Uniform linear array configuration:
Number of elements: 12
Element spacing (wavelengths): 0.75
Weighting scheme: hamming
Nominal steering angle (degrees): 0
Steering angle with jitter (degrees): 1.274
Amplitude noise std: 0.05
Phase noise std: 0.05

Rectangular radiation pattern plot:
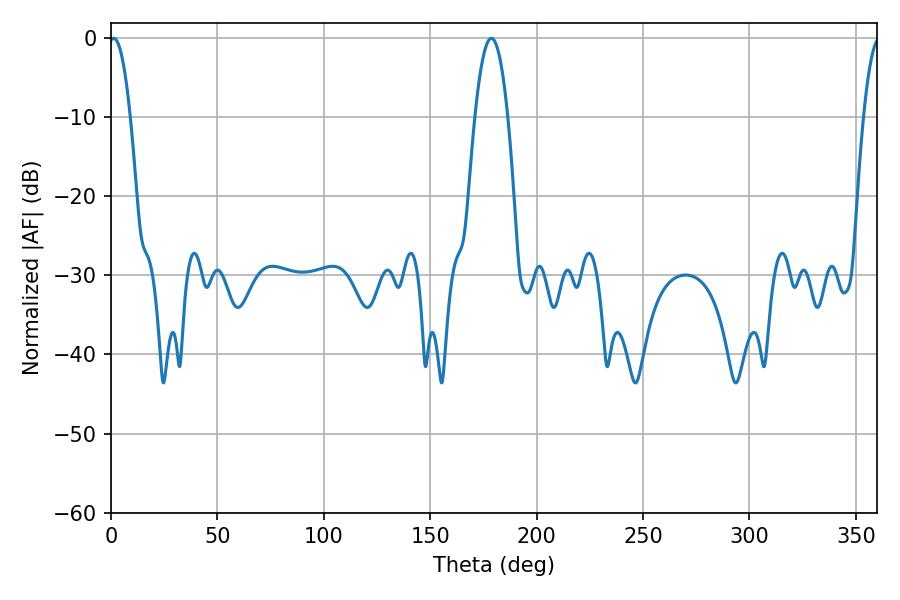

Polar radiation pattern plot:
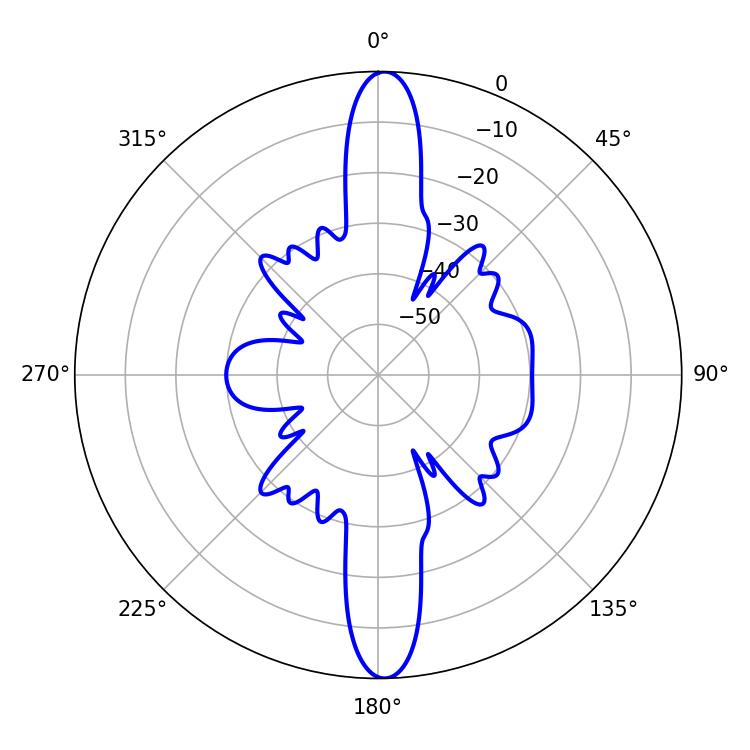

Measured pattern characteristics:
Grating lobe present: TRUE
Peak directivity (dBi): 24.048
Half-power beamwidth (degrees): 5.58
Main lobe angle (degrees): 1.26